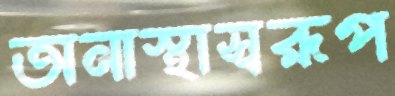
অনাস্থাস্বরূপ